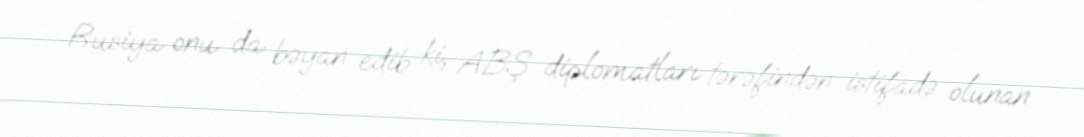
Rusiya onu da bəyan edib ki, ABŞ diplomatları tərəfindən istifadə olunan